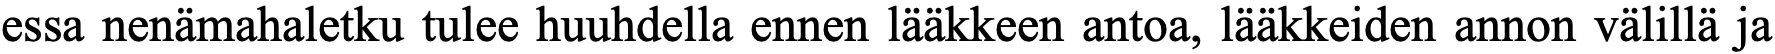
essa nenämahaletku tulee huuhdella ennen lääkkeen antoa, lääkkeiden annon välillä ja